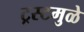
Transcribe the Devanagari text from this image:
ट्रस्टमुळे